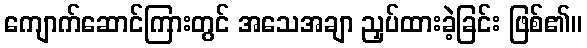
ကျောက်ဆောင်ကြားတွင် အသေအချာ ညှပ်ထားခဲ့ခြင်း ဖြစ်၏။